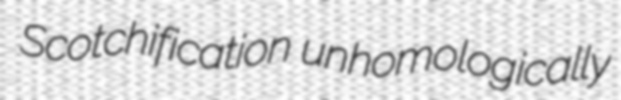
Scotchification unhomologically